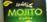
mojito